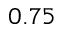
0 . 7 5